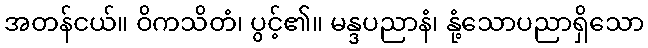
အတန်ငယ်။ ဝိကသိတံ၊ ပွင့်၏။ မန္ဒပညာနံ၊ နုံ့သောပညာရှိသော